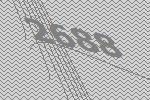
2688